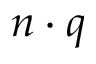
n \cdot q